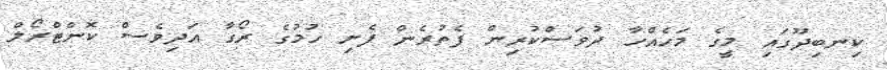
ކިނބިދޫގައި މީގެ މަހެއްހާ ދުވަސްކުރިން ފެތުރެން ފެށި ހުމުގެ ރޯގާ އަދިވެސް ކޮންޓްރޯލް